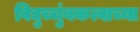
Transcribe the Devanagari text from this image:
विद्युच्चुंबकत्वाच्या